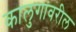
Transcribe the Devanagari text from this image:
कालुगावरील